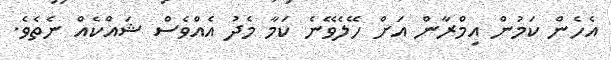
އެހެން ކަމުން އިމްރާން އަށް ހޭލެވޭނެ ކަމާ މެދު އެއްވެސް ޝައްކެއް ނެތެވެ.